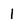
Character: 1